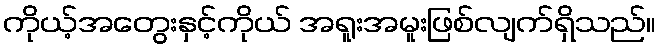
ကိုယ့်အတွေးနှင့်ကိုယ် အရူးအမူးဖြစ်လျက်ရှိသည်။